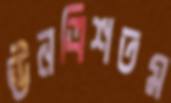
ঊনত্রিশতম